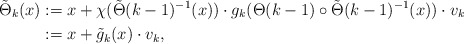
\begin{align*}\tilde\Theta_{k}(x) & := x + \chi(\tilde\Theta(k-1)^{-1}(x))\cdot g_k (\Theta(k-1)\circ\tilde\Theta(k-1)^{-1}(x))\cdot v_k\\& := x + \tilde g_k(x)\cdot v_k, \end{align*}